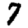
Digit: 7